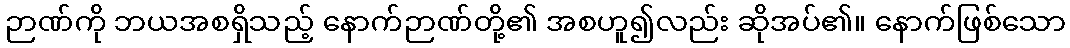
ဉာဏ်ကို ဘယအစရှိသည့် နောက်ဉာဏ်တို့၏ အစဟူ၍လည်း ဆိုအပ်၏။ နောက်ဖြစ်သော